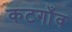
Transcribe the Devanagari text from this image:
कटगाँव